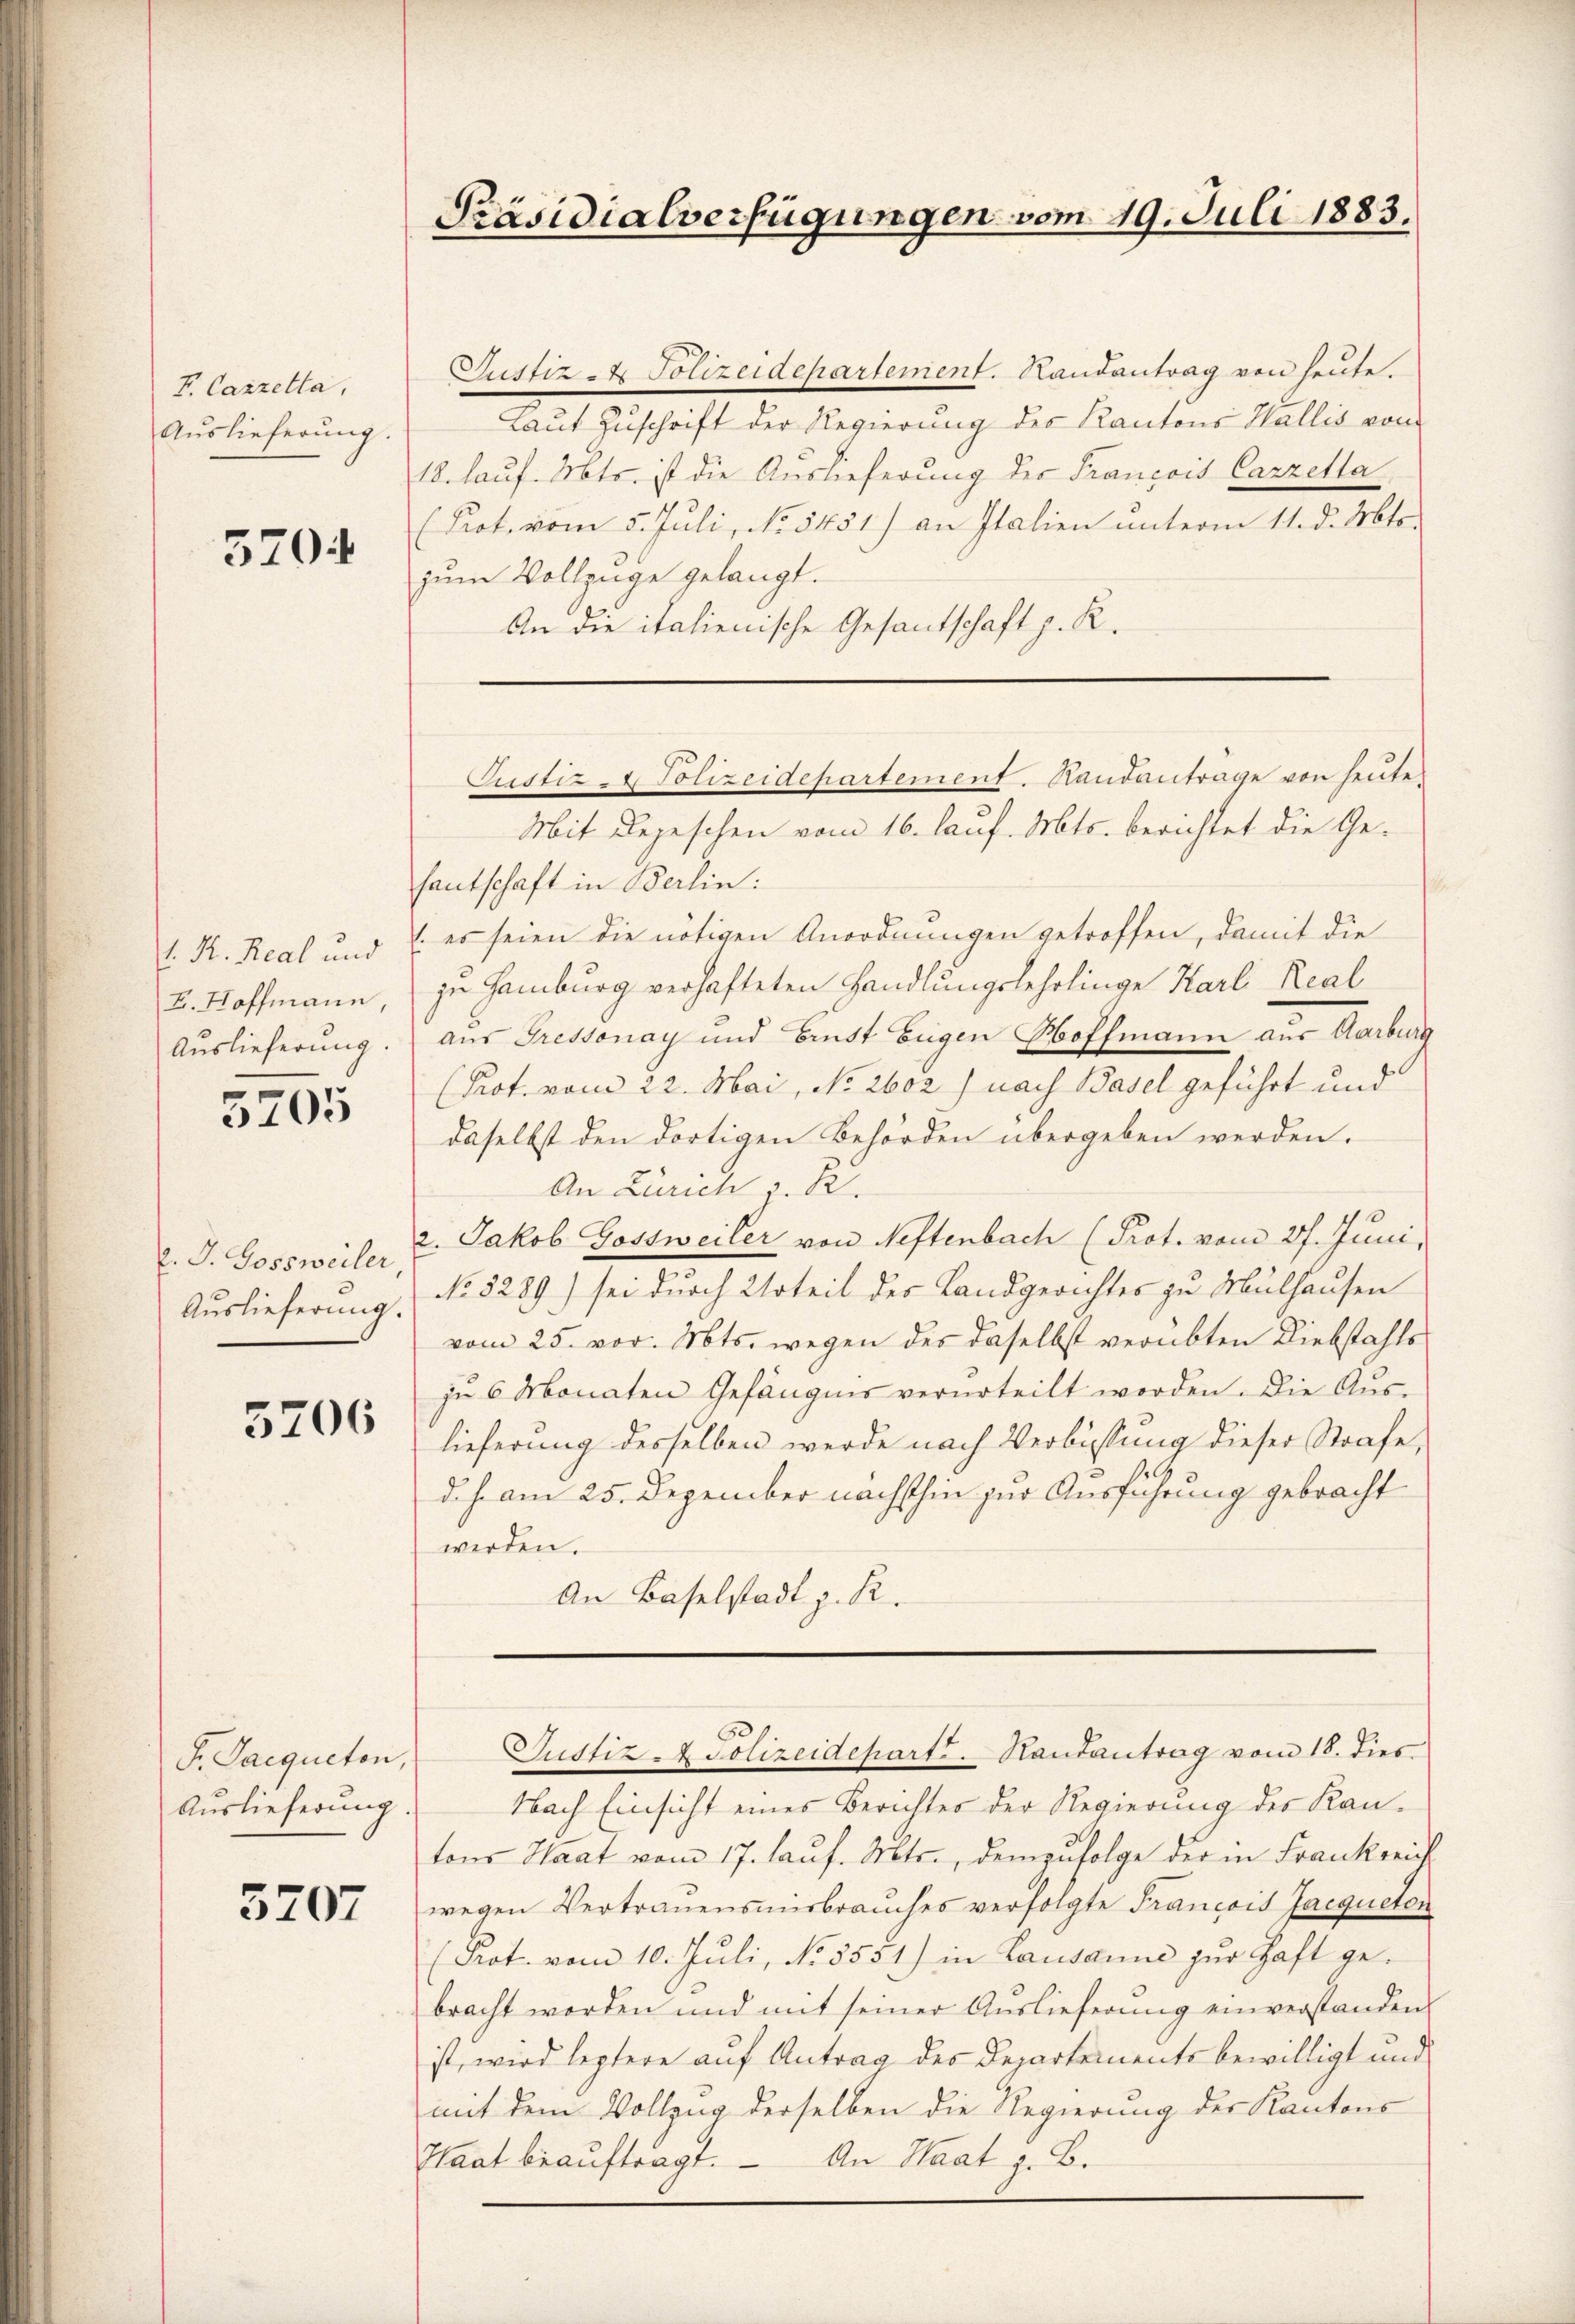
V. Cazzella,
Auslieferung.

5204

v. R. Real und
E. Hoffmann,
Auslieferung.

5205

C. J. Gossweiler,
Auslieferung.

5206

F. Saequeten,
Auslieferung.

5707

Präsidialverfügungen vom 19. Juli 1883.

Justiz & Polizeidepartement. Randantrag von heute.
Laut Zuschrift der Regierung des Kantons Wallis von
18. lauf. Mts. ist die Auslieferung der Francois Carzella
Prot. vom 5. Juli, No. 5451) an Italien unterm 11. d. Mts.
zum Vollzüge gelangt.
An die italienische Gesantschaft z. R.
Mit Repeschen vom 16. lauf. Mts. berichtet die Ge-
fantschaft in Berlin:
1. es seien die nötigen Anordnungen getroffen, damit die
zu Hamburg verhafteten Handlungslehrlinge Karl Real
aus Tressonay und Brust Eugen Hoffmann aus Aarburg
(Prot. vom 22. Mai, No 2602) nach Basel geführt und
daselbst den dortigen Behörden übergeben werden.
An Zürich v. R.
2. Jakob Gossweiler von Neftenbach (Prot. vom 27. Juni,
No. 5289) sei durch Urteil des Landgerichtes zu Mülhausen
vom 25. vor. Mts. wegen des daselbst verübten Diebstahls
je 6 Monaten Gefängnis verurteilt worden. Die Auslieferung desselben werde nach Verbüssung dieser Strafe,
d. h. am 25. Dezember nächsthin zur Ausführung gebracht
werden.
An Baselstadt z. R.

Justiz - Polizeidepartement. Randantrage von heute.

Justiz - Polizeideparts Rautantrag vom 18. dies

Nach Einsicht eines Berichter der Regierung des Kantons Haat vom 17. Lauf. Mts., demzufolge der in Frankreich
wegen Vertrauensmisbrauches verfolgte Francois Jacqueton
(Prot. vom 10. Juli, No. 5531) in Lausanne zur Haft gebracht worden und mit seiner Auslieferung einverstanden
ist, wird leztere auf Antrag des Departements bewilligt und
mit dem Vollzug derselben die Regierung der Kantons
Haat beauftragt. An Staat z. B.